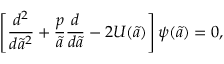
\left[ { \frac { d ^ { 2 } } { d { \tilde { a } } ^ { 2 } } } + { \frac { p } { \tilde { a } } } { \frac { d } { d \tilde { a } } } - 2 U ( \tilde { a } ) \right] \psi ( \tilde { a } ) = 0 ,